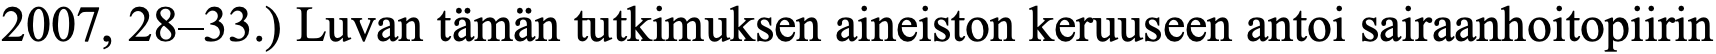
2007, 28–33.) Luvan tämän tutkimuksen aineiston keruuseen antoi sairaanhoitopiirin